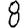
Digit: 8